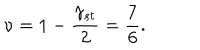
\nu = 1 - \frac { \gamma _ { s t } } { 2 } = \frac { 7 } { 6 } .